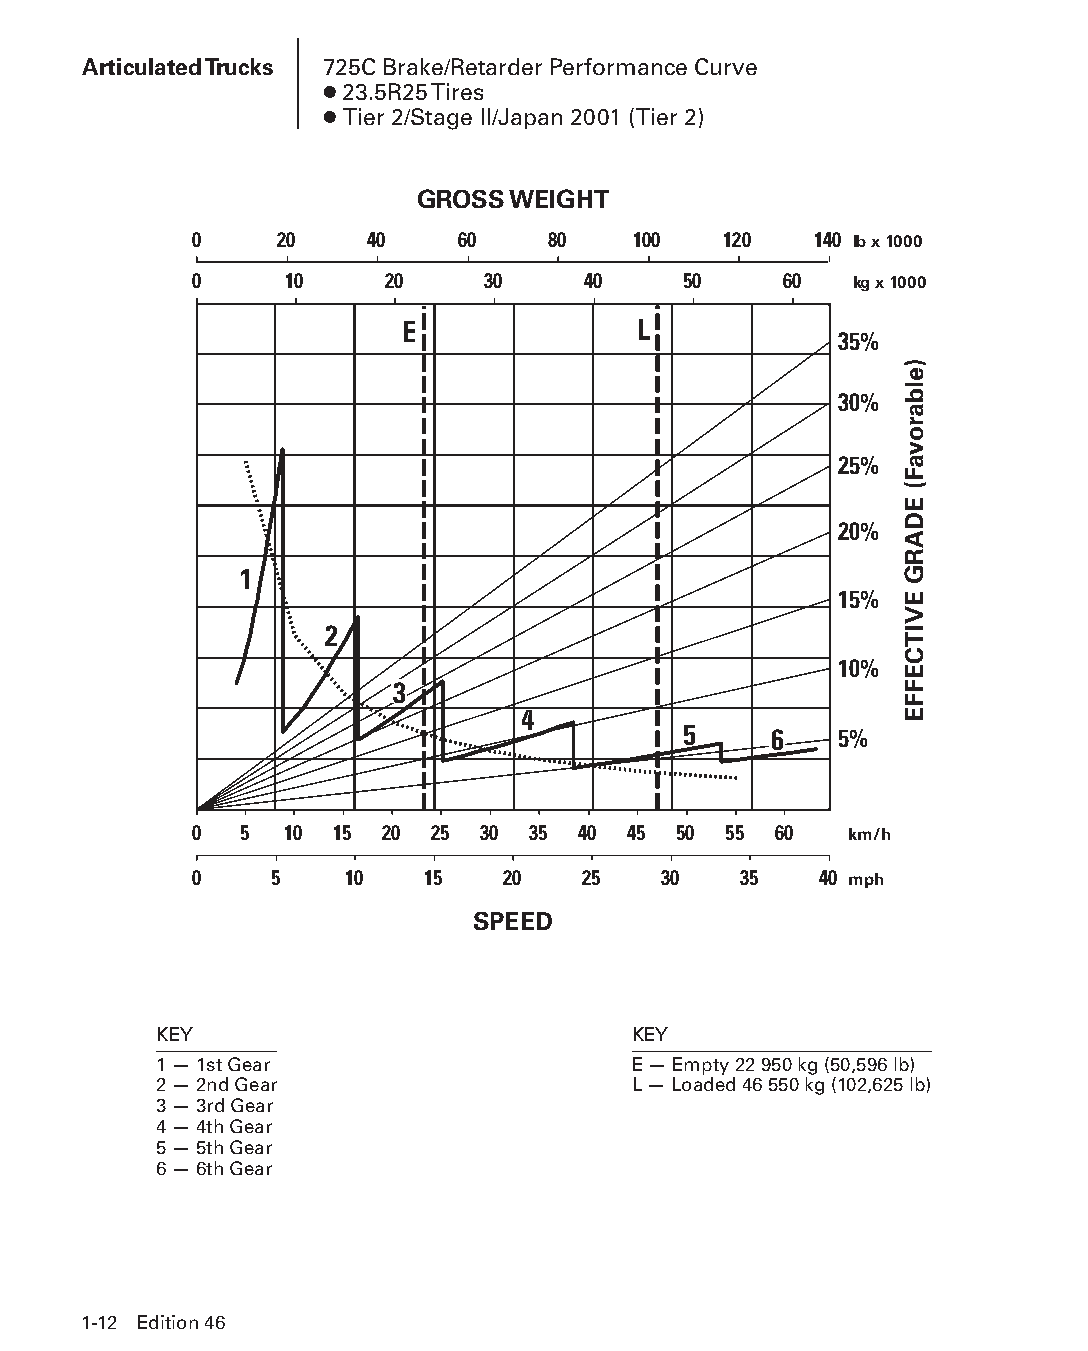
Articulated Trucks 725C Brake/Retarder Performance Curve
 ● 23.5R25 Tires
 ● Tier 2/Stage II/Japan 2001 (Tier 2)
 GROSS WEIGHT
 0     20    40    60    80   100   120   140
 lb x 1000
 0     10     20    30     40     50    60
 kg x 1000
 E               L
 35%
 30%
 25%
 20%
 1
 15%
 2
 10%
 3
 4
 5    6    5%
 0  5  10 15  20 25 30 35  40 45 50 55  60
 km/h
 0    5    10   15    20   25   30   35    40
 mph
 SPEED
 KEY                            KEY
 1 — 1st Gear                   E — Empty 22 950 kg (50,596 lb)
 2 — 2nd Gear                   L — Loaded 46 550 kg (102,625 lb)
 3 — 3rd Gear
 4 — 4th Gear
 5 — 5th Gear
 6 — 6th Gear
 1-12 Edition 46
 PPHHBB--SSeecc0011--1166..iinndddd 1122                        1122//44//1155 1100::2244 AAMM
 )elbarovaF(
 EDARG
 EVITCEFFE